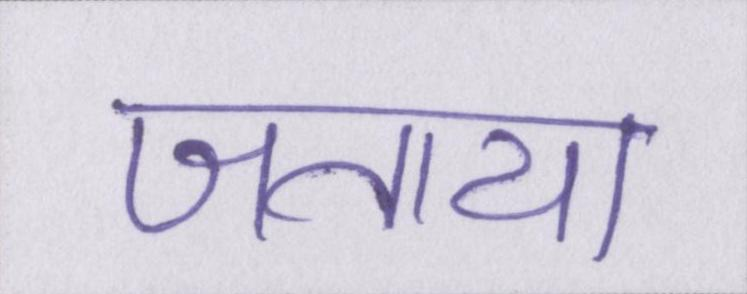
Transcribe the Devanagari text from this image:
जताया